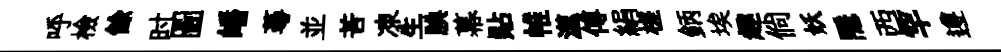
呼檢餘时圖皤蕚並苦凍生腆幕貼帷澨傅絹槎鈵埃趣倘妖隠西罕遵